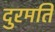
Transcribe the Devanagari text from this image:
दुरमति